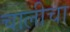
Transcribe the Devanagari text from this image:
चालीचा